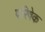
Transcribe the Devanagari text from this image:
परिषेक